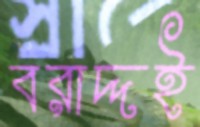
বরাদ্দই